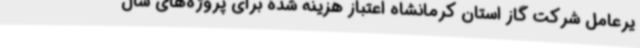
یرعامل شرکت گاز استان کرمانشاه اعتباز هزینه شده برای پروژه‌های سال